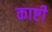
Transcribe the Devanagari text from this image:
काष्टी